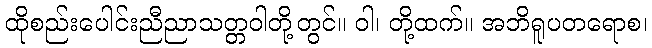
ထိုစည်းပေါင်းညီညာသတ္တဝါတို့တွင်။ ဝါ၊ တို့ထက်။ အဘိရူပတရောစ၊